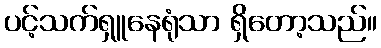
ပင့်သက်ရှူနေရုံသာ ရှိတော့သည်။